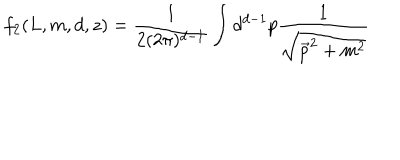
f _ { 2 } ( L , m , d , z ) = \frac { 1 } { 2 ( 2 \pi ) ^ { d - 1 } } \int { d } ^ { d - 1 } p \frac { 1 } { \sqrt { \vec { p } ^ { 2 } + m ^ { 2 } } }